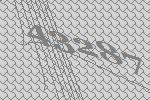
43287